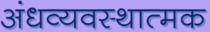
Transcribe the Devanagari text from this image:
अंधव्यवस्थात्मक